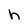
Character: h